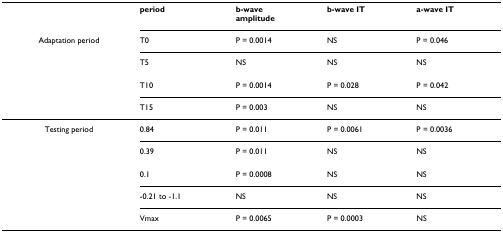
|  | period | b-waveamplitude | b-wave IT | a-wave IT |
 | Adaptation period | T0 | P = 0.0014 | NS | P = 0.046 |
 |  | T5 | NS | NS | NS |
 |  | T10 | P = 0.0014 | P = 0.028 | P = 0.042 |
 |  | T15 | P = 0.003 | NS | NS |
 | --- | --- | --- | --- | --- |
 | Testing period | 0.84 | P = 0.011 | P = 0.0061 | P = 0.0036 |
 |  | 0.39 | P = 0.011 | NS | NS |
 |  | 0.1 | P = 0.0008 | NS | NS |
 |  | -0.21 to -1.1 | NS | NS | NS |
 |  | Vmax | P = 0.0065 | P = 0.0003 | NS |